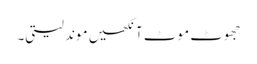
جھوٹ موٹ آنکھیں موند لیتی۔